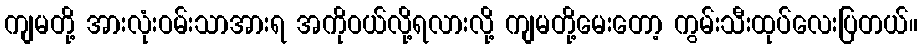
ကျမတို့ အားလုံးဝမ်းသာအားရ အကိုဝယ်လို့ရလားလို့ ကျမတို့မေးတော့ ကွမ်းသီးထုပ်လေးပြတယ်။